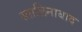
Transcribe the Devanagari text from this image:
स्तालिनाबाद